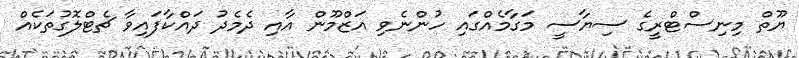
ޔޫތް މިނިސްޓްރީގެ ސިޔާސީ މަގާމެއްގައި ހުންނެވި އަޒްމޫން އާއި ދެމެދު ދައްކާފައިވާ ޗެޓްލޮގުތަކެއް